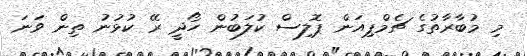
މި މުބާރާތުގެ ޗެމްޕިއަން ޕޮލިސް ކުލަބުން ހޯދީ ރޭ ކުޅުނު ތިން ވަނަ